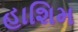
હાશિમ